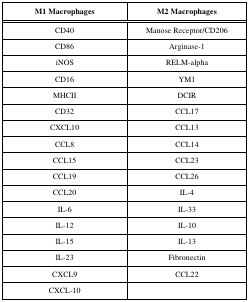
<table><thead><tr><td><b>M1 Macrophages</b></td><td><b>M2 Macrophages</b></td></tr></thead><tbody><tr><td>CD40</td><td>Manose Receptor/CD206</td></tr><tr><td>CD86</td><td>Arginase-1</td></tr><tr><td>iNOS</td><td>RELM-alpha</td></tr><tr><td>CD16</td><td>YM1</td></tr><tr><td>MHCII</td><td>DCIR</td></tr><tr><td>CD32</td><td>CCL17</td></tr><tr><td>CXCL10</td><td>CCL13</td></tr><tr><td>CCL8</td><td>CCL14</td></tr><tr><td>CCL15</td><td>CCL23</td></tr><tr><td>CCL19</td><td>CCL26</td></tr><tr><td>CCL20</td><td>IL-4</td></tr><tr><td>IL-6</td><td>IL-33</td></tr><tr><td>IL-12</td><td>IL-10</td></tr><tr><td>IL-15</td><td>IL-13</td></tr><tr><td>IL-23</td><td>Fibronectin</td></tr><tr><td>CXCL9</td><td>CCL22</td></tr><tr><td>CXCL-10</td><td> </td></tr></tbody></table>